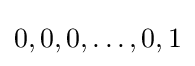
0,0,0,\dots ,0,1